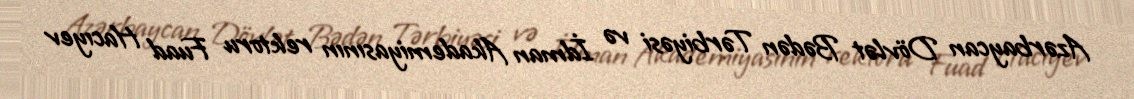
Azərbaycan Dövlət Bədən Tərbiyəsi və İdman Akademiyasının rektoru Fuad Hacıyev